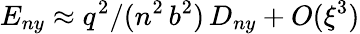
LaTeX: E_{ny}\approx q^{2}/(n^{2}\, b^{2})\, D_{ny}+O(\xi^{3})